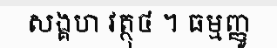
សង្គហ វត្ថុ៤ ។ ធម្មញ្ញូ